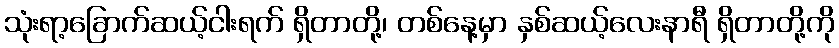
သုံးရာ့ခြောက်ဆယ့်ငါးရက် ရှိတာတို့၊ တစ်နေ့မှာ နှစ်ဆယ့်လေးနာရီ ရှိတာတို့ကို